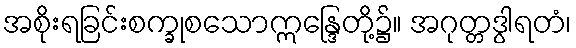
အစိုးရခြင်းစက္ခုစသောဣန္ဒြေတို့၌။ အဂုတ္တဒွါရတံ၊